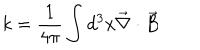
k = \frac { 1 } { 4 \pi } \int d ^ { 3 } x \vec { \nabla } \cdot \vec { B }